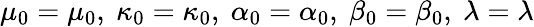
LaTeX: \mu_{0}=\mu_{0},\ \kappa_{0}=\kappa_{0},\ \alpha_{0}=\alpha_{0},\ \beta_{0}=\beta_{0},\ \lambda=\lambda